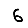
Digit: 6